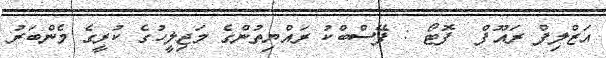
އަޒްލިފް ރައޫފް  ފޮޓޯ : ފޭސްބްކު ރައްޔިތުންގެ މަޖިލީހުގެ ކުރީގެ މެންބަރު